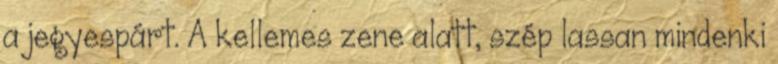
a jegyespárt. A kellemes zene alatt, szép lassan mindenki